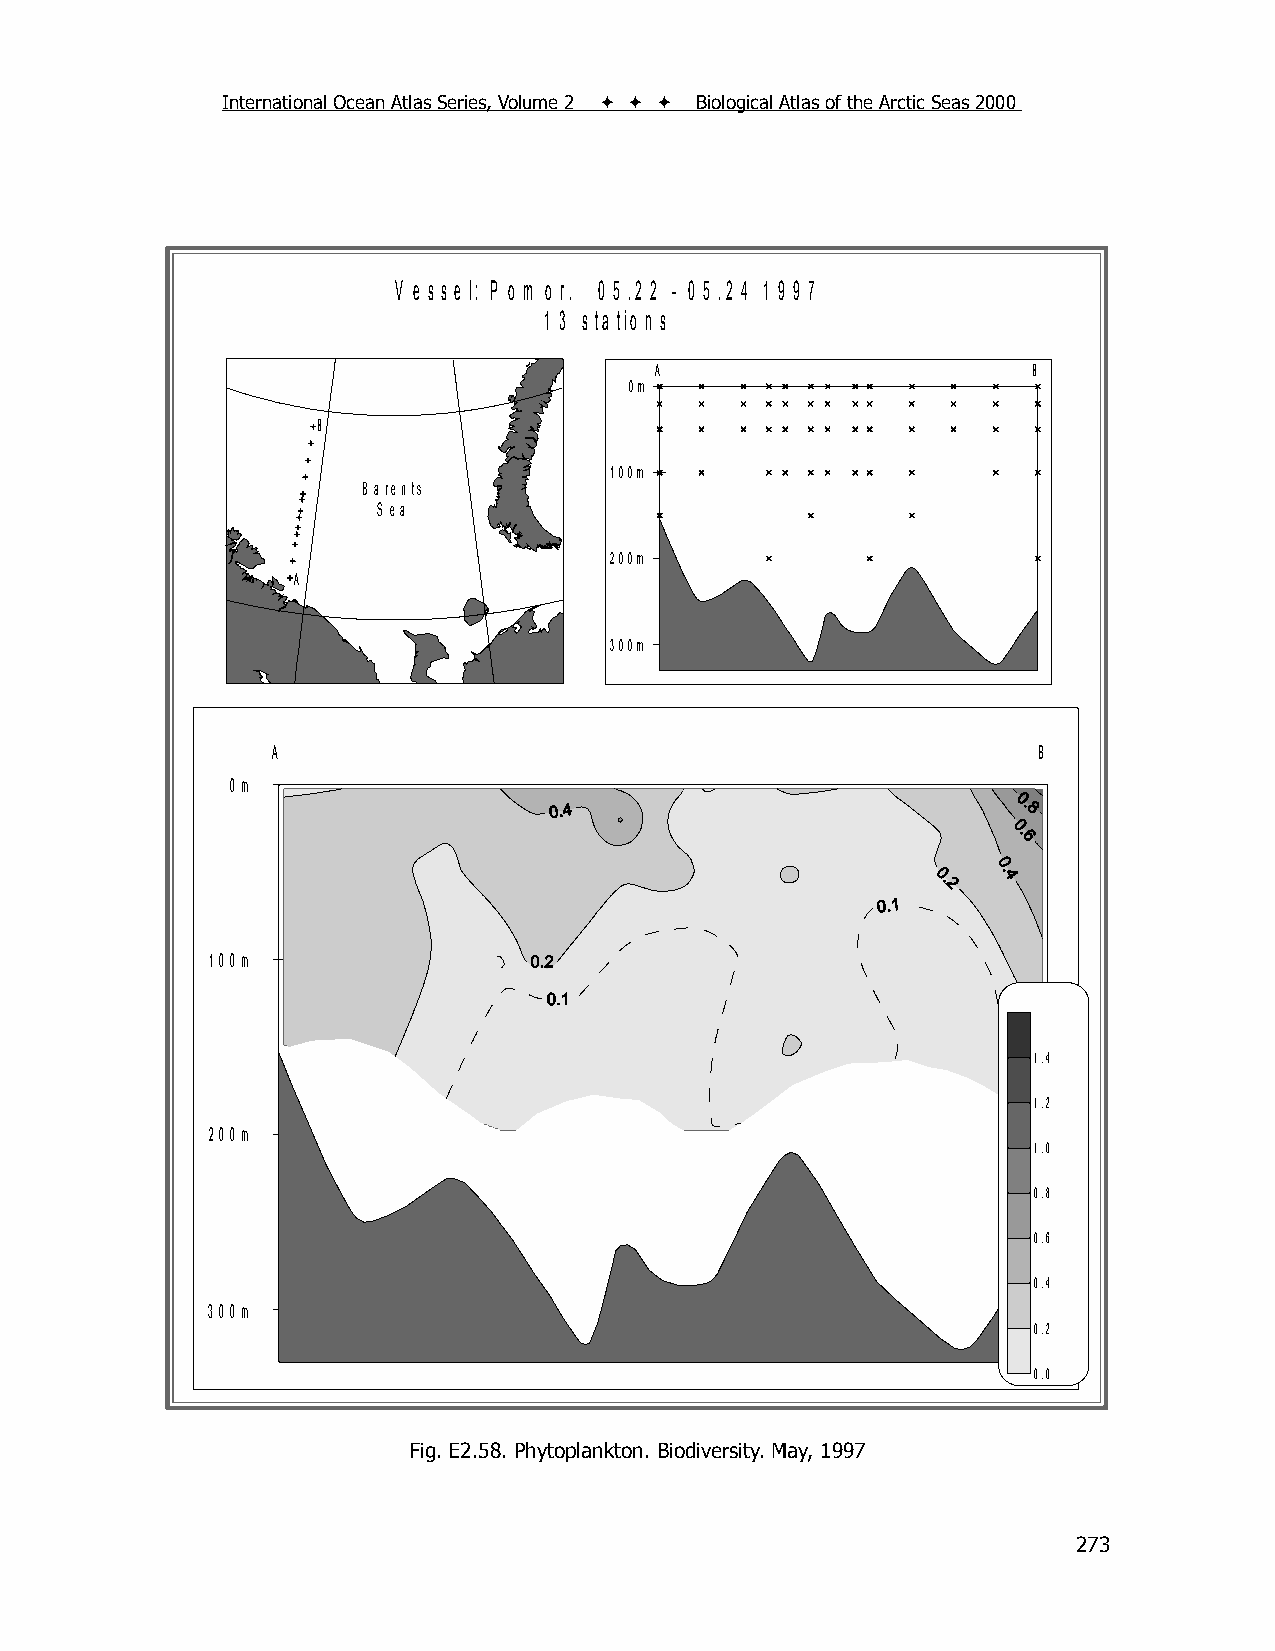
International Ocean Atlas Series, Volume 2    Biological Atlas of the Arctic Seas 2000
 V e s s e l: P o m o r. 0 5 .2 2 - 0 5 .2 4 1 9 9 7
 1 3 s ta tio n s
 A                        B
 0m
 B
 100m
 B arents
 S ea
 200m
 A
 300m
 A                                                  B
 0m
 100m
 1.4
 1.2
 200m
 1.0
 0.8
 0.6
 0.4
 300m
 0.2
 0.0
 Fig. E2.58. Phytoplankton. Biodiversity. May, 1997
 273